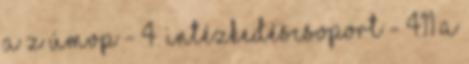
a z ÚMVP - 4. Intézkedéscsoport - 411 A